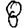
Digit: 8